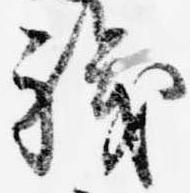
職